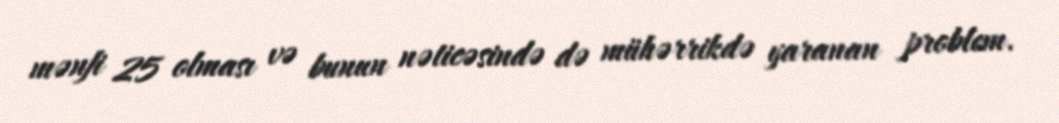
mənfi 25 olması və bunun nəticəsində də mühərrikdə yaranan problem.